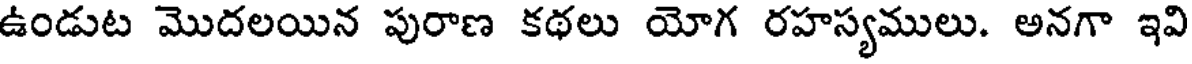
ఉండుట మొదలయిన పురాణ కథలు యోగ రహస్యములు. అనగా ఇవి